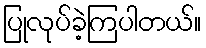
ပြုလုပ်ခဲ့ကြပါတယ်။